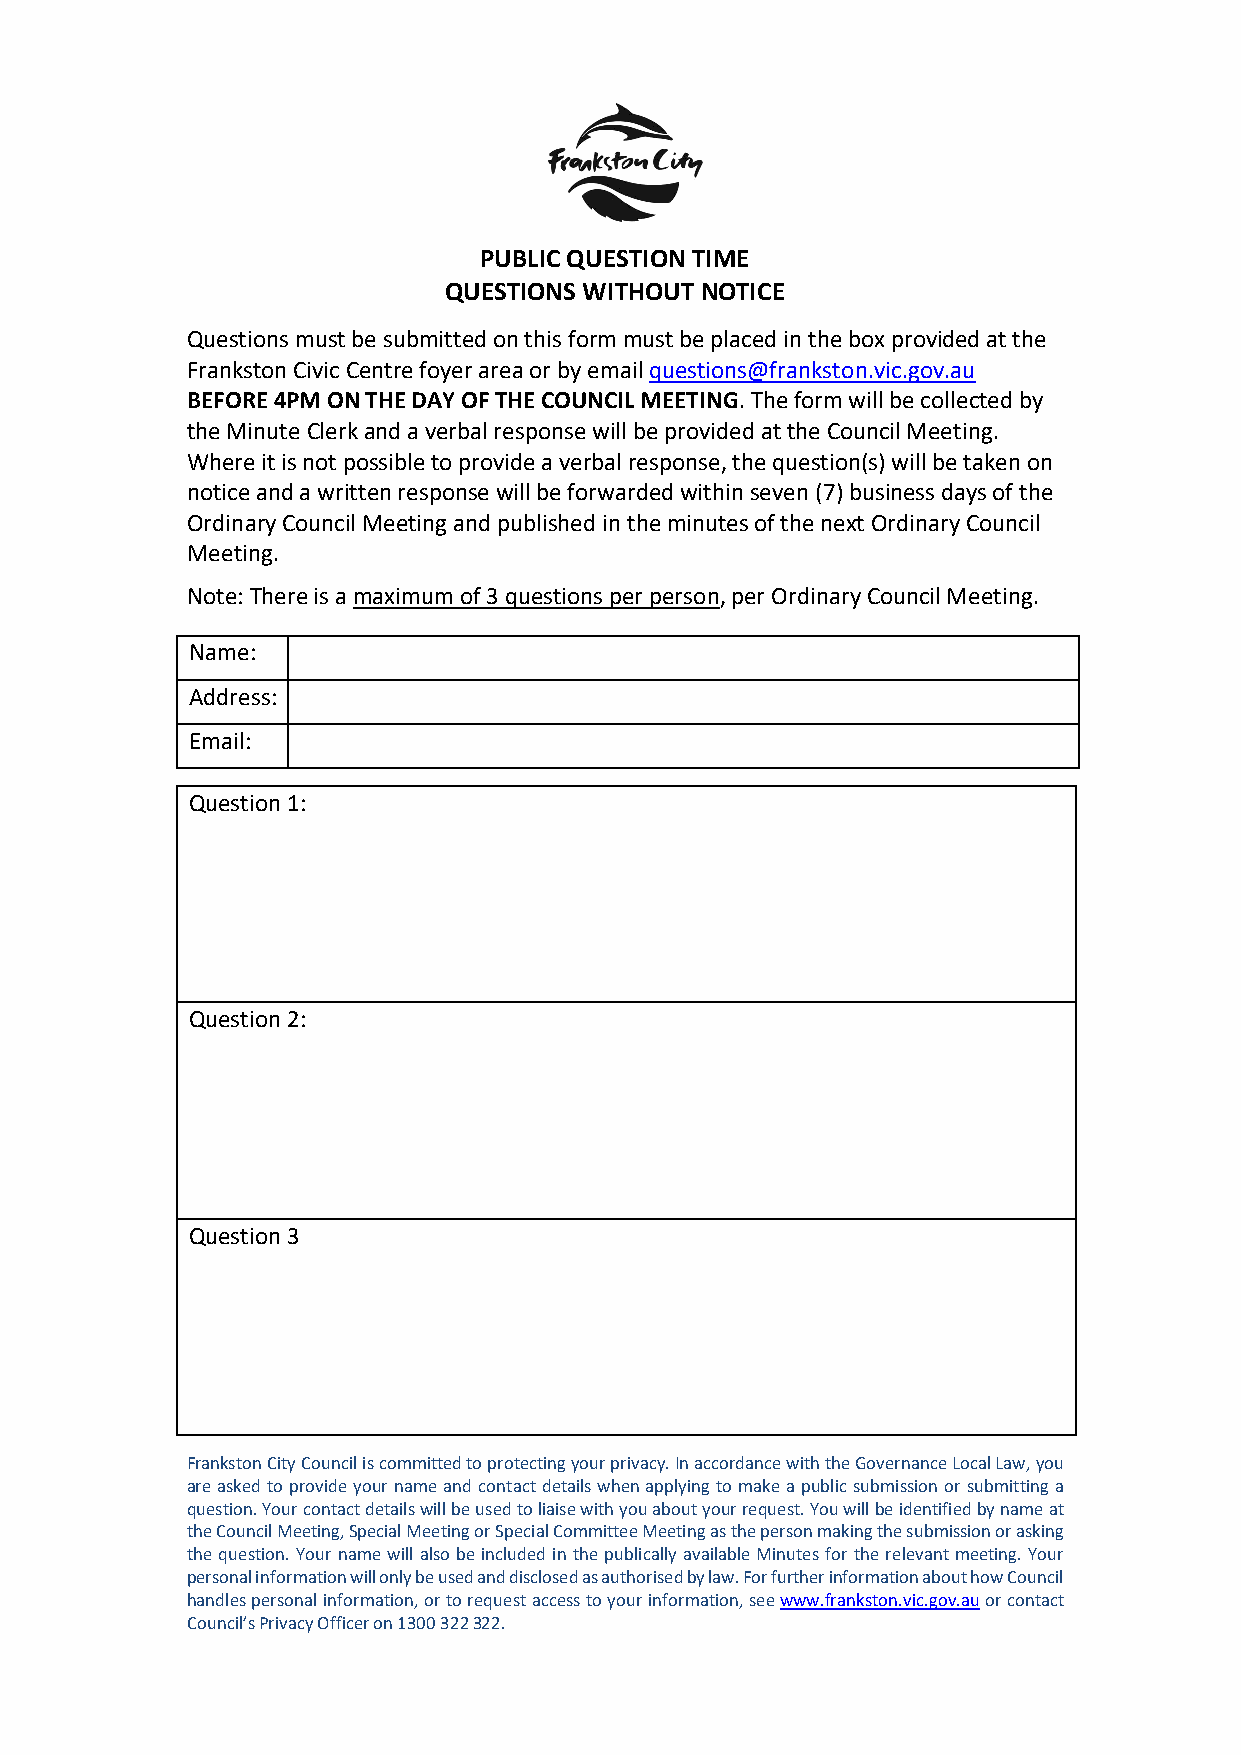
PUBLIC QUESTION TIME
 QUESTIONS WITHOUT NOTICE
 Questions must be submitted on this form must be placed in the box provided at the
 Frankston Civic Centre foyer area or by email questions@frankston.vic.gov.au
 BEFORE 4PM ON THE DAY OF THE COUNCIL MEETING. The form will be collected by
 the Minute Clerk and a verbal response will be provided at the Council Meeting.
 Where it is not possible to provide a verbal response, the question(s) will be taken on
 notice and a written response will be forwarded within seven (7) business days of the
 Ordinary Council Meeting and published in the minutes of the next Ordinary Council
 Meeting.
 Note: There is a maximum of 3 questions per person, per Ordinary Council Meeting.
 Name:
 Address:
 Email:
 Question 1:
 Question 2:
 Question 3
 Frankston City Council is committed to protecting your privacy. In accordance with the Governance Local Law, you
 are asked to provide your name and contact details when applying to make a public submission or submitting a
 question. Your contact details will be used to liaise with you about your request. You will be identified by name at
 the Council Meeting, Special Meeting or Special Committee Meeting as the person making the submission or asking
 the question. Your name will also be included in the publically available Minutes for the relevant meeting. Your
 personal information will only be used and disclosed as authorised by law. For further information about how Council
 handles personal information, or to request access to your information, see www.frankston.vic.gov.au or contact
 Council’s Privacy Officer on 1300 322 322.